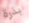
بذرة